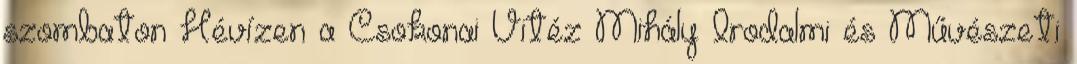
szombaton Hévízen a Csokonai Vitéz Mihály Irodalmi és Művészeti